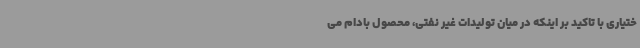
ختیاری با تاکید بر اینکه در میان تولیدات غیر نفتی، محصول بادام می